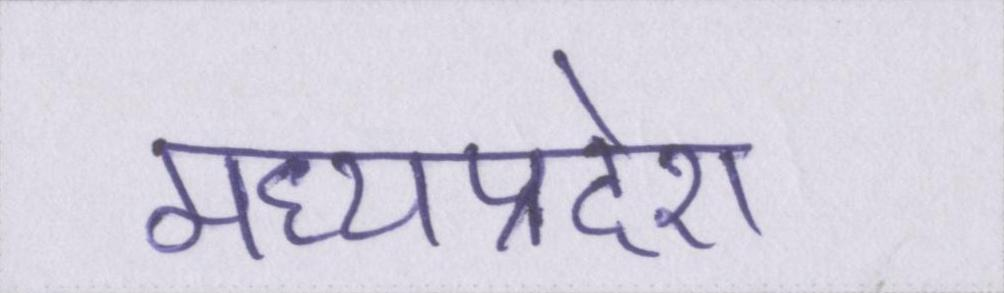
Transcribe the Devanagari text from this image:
मध्यप्रदेश